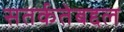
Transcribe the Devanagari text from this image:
सतर्कतेबद्दल